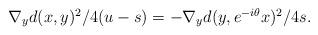
LaTeX: \begin{align*}\begin{array}{l} \nabla_y d(x, y)^2/4(u - s) = - \nabla_y d(y, e^{- i \theta} x)^2/ 4s. \end{array} \end{align*}